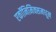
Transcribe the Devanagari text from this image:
एकॉनिमिक्समधून